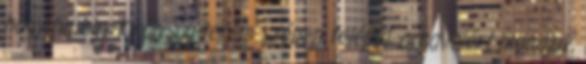
hogy ha egy Királyság-terem szépen felépül, arra miért mondjuk,